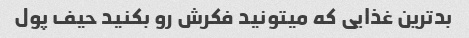
بدترین غذایی که میتونید فکرش رو بکنید حیف پول